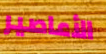
الأعاصير